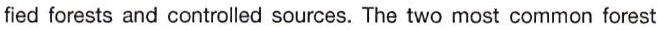
fied forests and controlled sources. The two most common forest